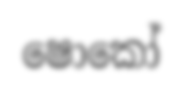
ෂොකෝ